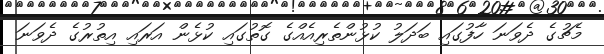
މެޗުގެ ދެވަނަ ހާފުގައި ބަދަލު ކުޅުންތެރިއެއްގެ ގޮތުގައި ކުޅެން އަރައި އިތުރުގެ ދެވަނަ